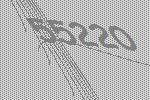
55220